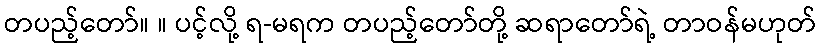
တပည့်တော်။ ။ ပင့်လို့ ရ-မရက တပည့်တော်တို့ ဆရာတော်ရဲ့ တာဝန်မဟုတ်